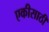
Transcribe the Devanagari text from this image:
एकीसाठी